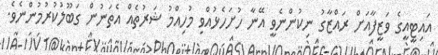
އައިޓީއީގެ ވަޒީފާއަށް ރައްޒާގު ނިކުންނެވީ އޭނާ ހުށަހެޅުއްވި މުހިއްމު ޝަރުތެއް އެތަނުން ގަބޫލުކުރުމުންނެވެ.